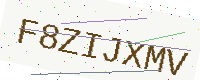
Text: F8ZIJXMV